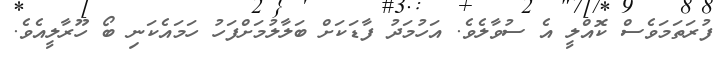
ފުރަތަމަވެސް ކޮއްލީ އެ ސުވާލެވެ. އަހުމަދު ފާޑަކަށް ބަލާލުމަށްފަހު ހަމައެކަނި ބޯ ހޫރާލީއެވެ.